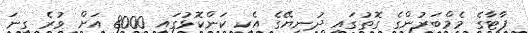
ޕާޓާގެ މެމްބަރުންގެ ގޮތުގައި ދުނިޔޭގެ އެކި ކަންކޮޅުގައި 8000 އަށް ވުރެ ގިނަ